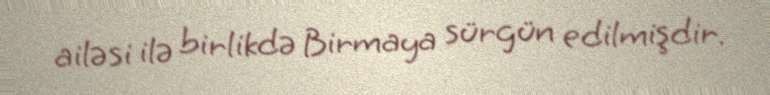
ailəsi ilə birlikdə Birmaya sürgün edilmişdir.